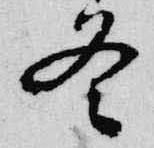
冬